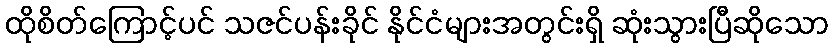
ထိုစိတ်ကြောင့်ပင် သဇင်ပန်းခိုင် နိုင်ငံများအတွင်းရှိ ဆုံးသွားပြီဆိုသော